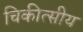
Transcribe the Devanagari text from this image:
चिकीत्सीय